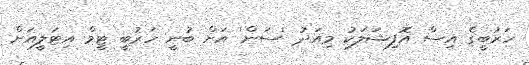
ހަރުބީގެ އިސް އޮފިޝަލަކު މިއަދު 'ސަން' އަށް ބުނީ ހަރުބީ ޓީމް އިޓަލީއަށް